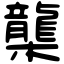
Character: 㰍